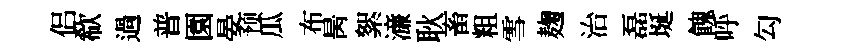
侣欷過普園晏预瓜布昺絮濓耿畜粗雪麹治磊埏餽呼勾